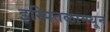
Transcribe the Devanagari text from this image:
इस्पितळामधून